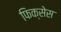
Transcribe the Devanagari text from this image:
फिक्सेस